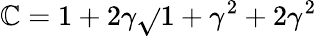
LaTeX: \mathbb{C}=1+2\gamma\sqrt{}{{1+\gamma^{2}}}+2\gamma^{2}